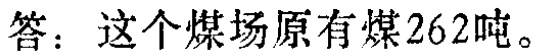
答：这个煤场原有煤262吨。